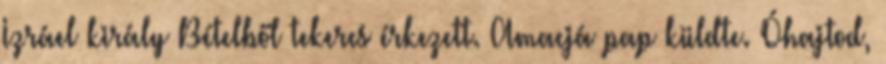
Izráel király Bételből tekercs érkezett. Amacjá pap küldte. Óhajtod,